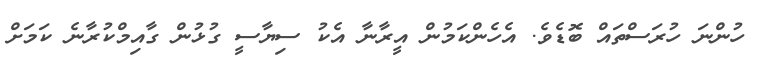
ހުންނަ ހުރަސްތައް ބޮޑެވެ. އެހެންކަމުން އީރާނާ އެކު ސިޔާސީ ގުޅުން ގާއިމްކުރާނެ ކަމަށް